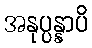
အနုပ္ပန္နာပိ